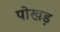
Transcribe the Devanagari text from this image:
पोखड़